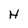
Character: H